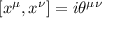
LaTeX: [ x ^ { \mu } , x ^ { \nu } ] = i \theta ^ { \mu \nu }